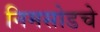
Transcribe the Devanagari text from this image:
निमसोडचे